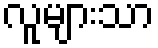
လူများသာ